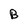
Character: B